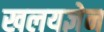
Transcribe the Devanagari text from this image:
खलयज्ञेन